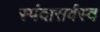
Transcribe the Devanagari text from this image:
स्पंदासर्वस्व